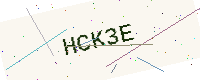
Text: HCK3E